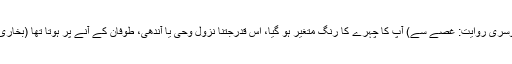
یہ سن کر (دوسری روایت: غصے سے) آپ کا چہرے کا رنگ متغیر ہو گیا، اس قدرجتنا نزول وحی یا آندھی، طوفان کے آنے پر ہوتا تھا (بخاری، رقم ۳۸۱۸۔